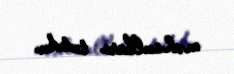
məhsulları tutdu.